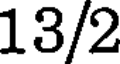
13/2